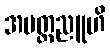
အမတ္တညူဟိ